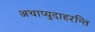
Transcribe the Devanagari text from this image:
अथाप्युदाहरन्ति